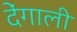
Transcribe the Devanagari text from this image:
देंगाली